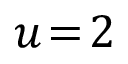
u \! = \! 2